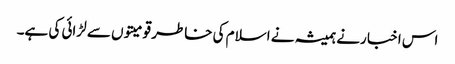
اس اخبا رنے ہمیشہ نے اسلام کی خاطر قومیتوں سے لڑائی کی ہے۔